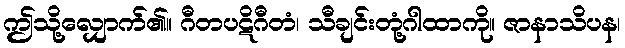
ဤသို့လျှောက်၏။ ဂီတပဋိဂီတံ၊ သီချင်းတုံ့ဂါထာကို။ ဇာနာသိပန၊